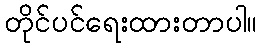
တိုင်ပင်ရေးထားတာပါ။